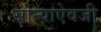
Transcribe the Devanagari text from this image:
सोन्याऐवजी